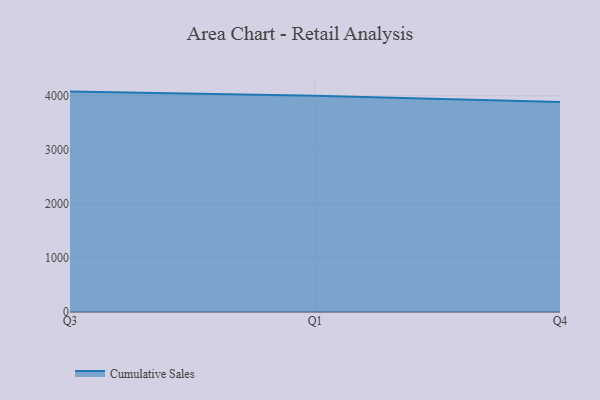
{"axis": {"x": "Quarter", "y": "Shipments"}, "legend": ["Cumulative Sales"], "data": [{"x": "Q3", "y": 4077.4, "type": "Cumulative Sales"}, {"x": "Q1", "y": 4001.8, "type": "Cumulative Sales"}, {"x": "Q4", "y": 3887.3, "type": "Cumulative Sales"}]}